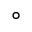
^ \circ